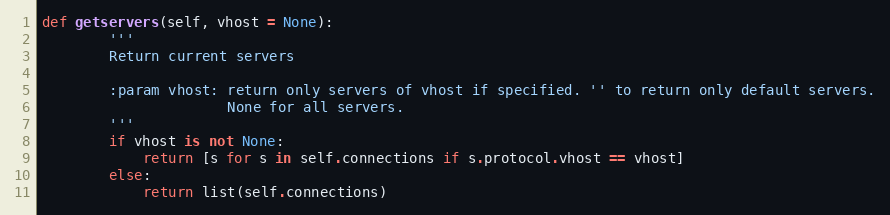
Language: Python
def getservers(self, vhost = None):
        '''
        Return current servers

        :param vhost: return only servers of vhost if specified. '' to return only default servers.
                      None for all servers.
        '''
        if vhost is not None:
            return [s for s in self.connections if s.protocol.vhost == vhost]
        else:
            return list(self.connections)